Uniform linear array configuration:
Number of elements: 24
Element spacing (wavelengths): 1
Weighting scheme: hann
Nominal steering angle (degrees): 15
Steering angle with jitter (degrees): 13.148
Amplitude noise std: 0.05
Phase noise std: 0.05

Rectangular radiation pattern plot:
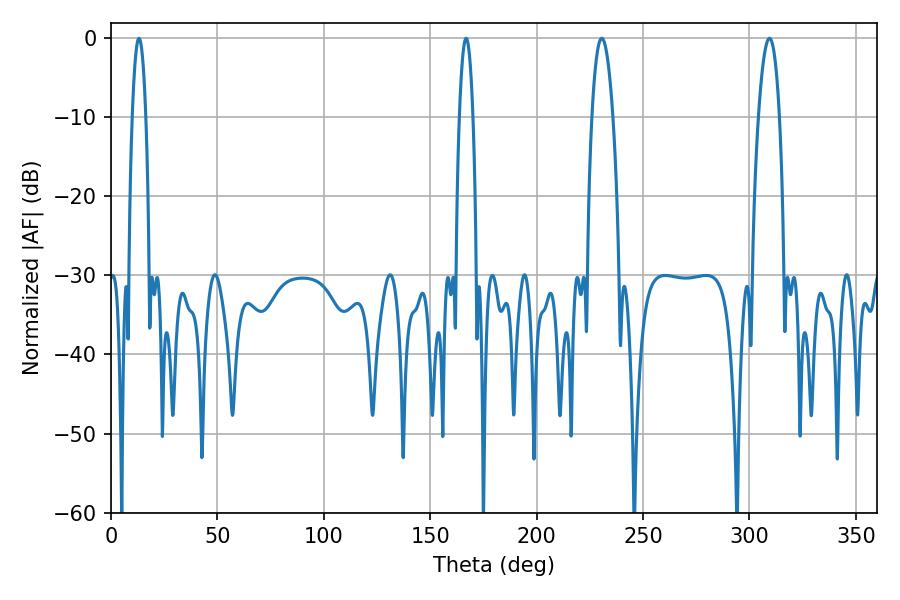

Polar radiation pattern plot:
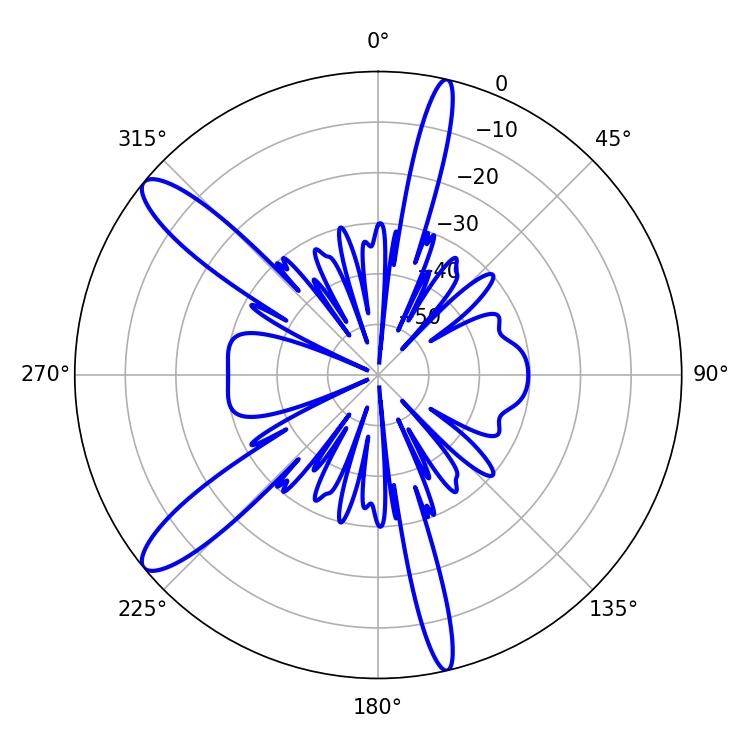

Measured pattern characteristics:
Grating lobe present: TRUE
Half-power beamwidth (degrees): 3.6
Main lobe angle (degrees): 166.86